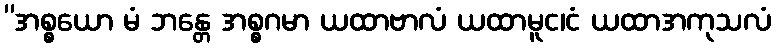
”အစ္စယော မံ ဘန္တေ အစ္စဂမာ ယထာဗာလံ ယထာမူင၊ငံ ယထာအကုသလံ